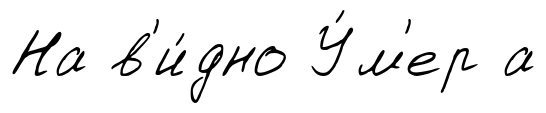
На в'и́дно У́м'ер а